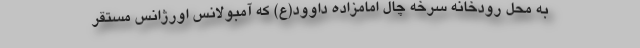
به محل رودخانه سرخه چال امامزاده داوود(ع) که آمبولانس اورژانس مستقر